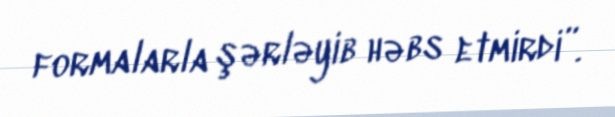
formalarla şərləyib həbs etmirdi”.